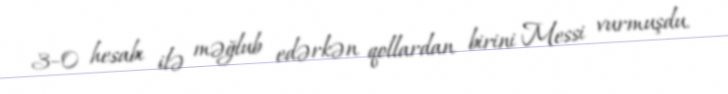
3–0 hesabı ilə məğlub edərkən qollardan birini Messi vurmuşdu.